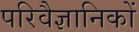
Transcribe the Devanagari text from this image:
परिवैज्ञानिकों